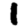
Digit: 1